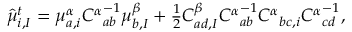
\begin{array} { r } { \hat { \mu } _ { i , I } ^ { t } = \mu _ { a , i } ^ { \alpha } { C ^ { \alpha } } _ { a b } ^ { - 1 } \mu _ { b , I } ^ { \beta } + \frac { 1 } { 2 } C _ { a d , I } ^ { \beta } { C ^ { \alpha } } _ { a b } ^ { - 1 } { C ^ { \alpha } } _ { b c , i } { C ^ { \alpha } } _ { c d } ^ { - 1 } , } \end{array}